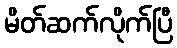
မိတ်ဆက်လိုက်ပြီ